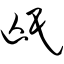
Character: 氓